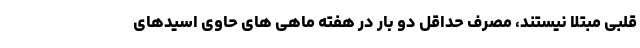
قلبی مبتلا نیستند، مصرف حداقل دو بار در هفته ماهی های حاوی اسیدهای